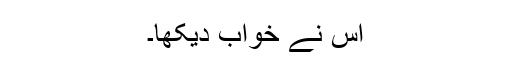
اس نے خواب دیکھا۔